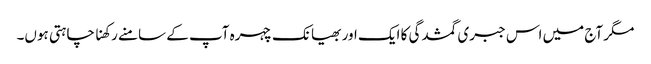
مگر آج میں اس جبری گمشدگی کا ایک اور بھیانک چہرہ آپ کے سامنے رکھنا چاہتی ہوں۔